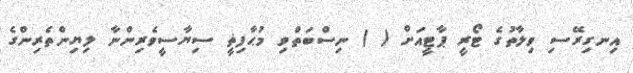
އިނގިރޭސި ވިލާތުގެ ޓޯރީ ޕާޓީއަށް ( ) ނިސްބަތްވި މުޙާފިޡީ ސިޔާސީވެރިންނާ ލިޔިންތެރިންގެ